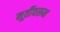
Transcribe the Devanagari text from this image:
मूर्तीवरून